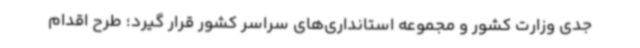
جدی وزارت کشور و مجموعه استانداری‌های سراسر کشور قرار گیرد؛ طرح اقدام